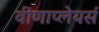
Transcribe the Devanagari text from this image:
वीणाप्लेयर्स